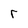
Character: r